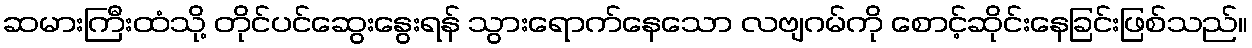
ဆမားကြီးထံသို့ တိုင်ပင်ဆွေးနွေးရန် သွားရောက်နေသော လဗျဂမ်ကို စောင့်ဆိုင်းနေခြင်းဖြစ်သည်။